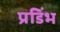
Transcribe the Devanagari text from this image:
प्रडिंभ